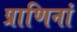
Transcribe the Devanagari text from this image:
प्राणिनां